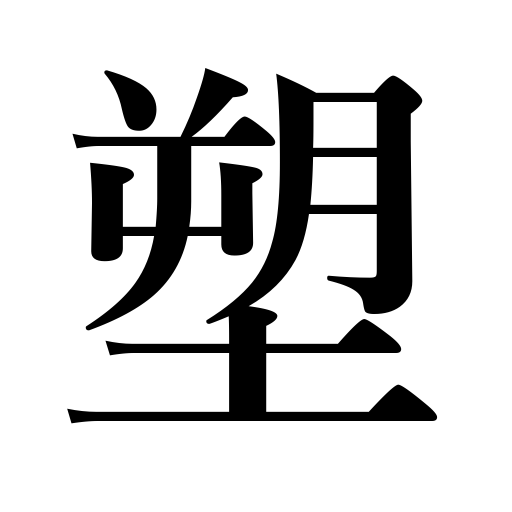
Meanings: modeling,molding